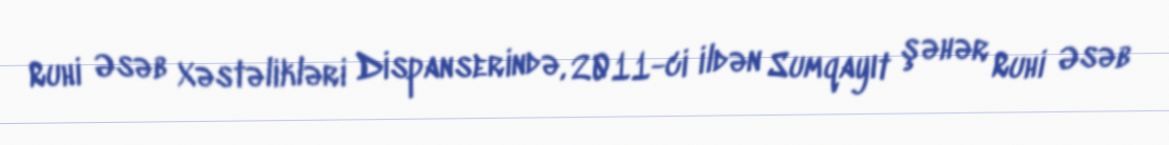
Ruhi Əsəb Xəstəlikləri Dispanserində, 2011-ci ildən Sumqayıt şəhər Ruhi Əsəb